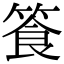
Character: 篒